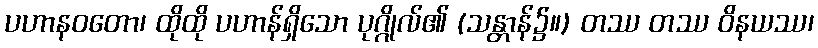
ပဟာနဝတော၊ ထိုထို ပဟာန်ရှိသော ပုဂ္ဂိုလ်၏ (သန္တာန်၌။) တဿ တဿ ဝိနယဿ၊